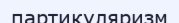
партикуляризм